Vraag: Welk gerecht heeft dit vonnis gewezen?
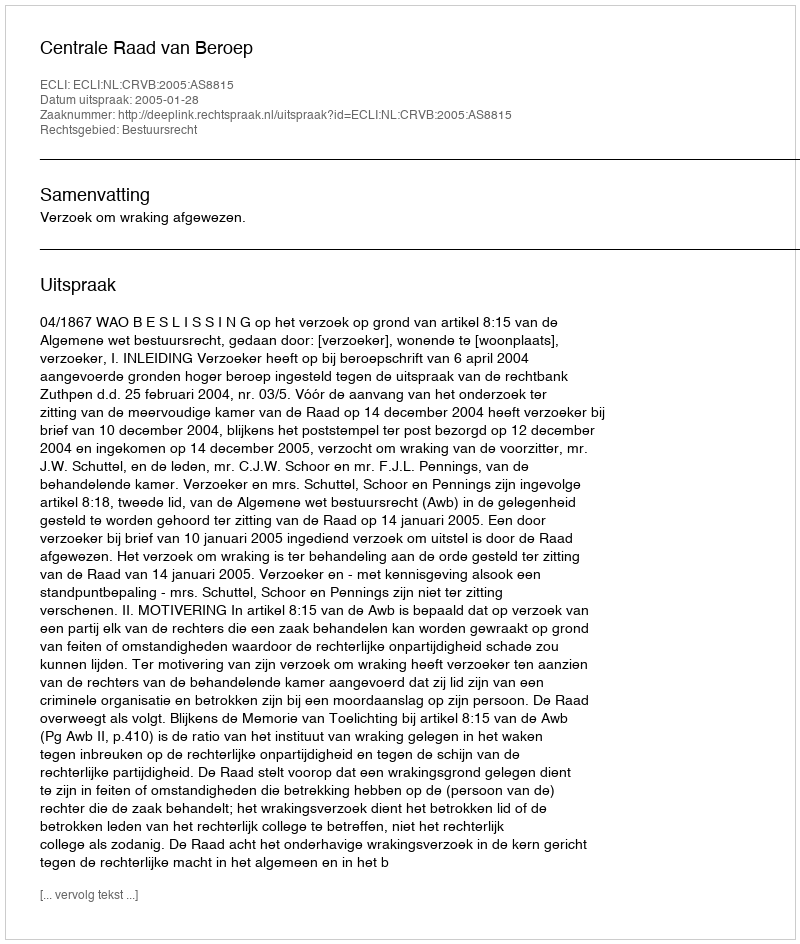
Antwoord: Centrale Raad van Beroep